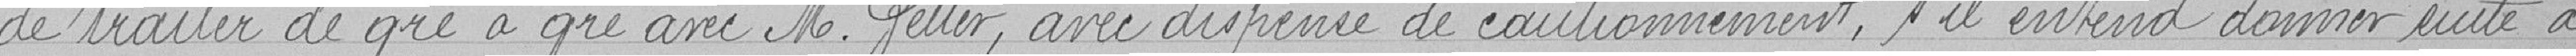
de traiter de gré à gré avec Monsieur Petter, avec dispense de cautionnement, s'il entend donner suite à